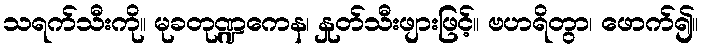
သရက်သီးကို။ မုခတုဏ္ဍကေန၊ နှုတ်သီးဖျားဖြင့်။ ဗဟရိတွာ၊ ဖောက်၍။